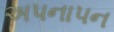
અપનાપન